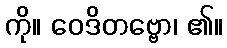
ကို။ ဝေဒိတဗ္ဗော၊ ၏။